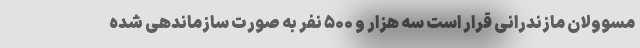
مسوولان مازندرانی قرار است سه هزار و ۵۰۰ نفر به صورت سازماندهی شده